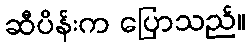
ဆီပိန်းက ပြောသည်။